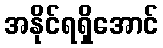
အနိုင်ရရှိအောင်